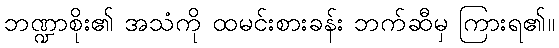
ဘဏ္ဍာစိုး၏ အသံကို ထမင်းစားခန်း ဘက်ဆီမှ ကြားရ၏။